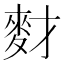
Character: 䴭